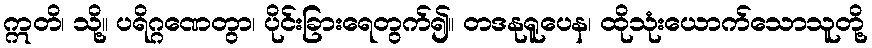
ဣတိ၊ သို့။ ပရိဂ္ဂဏေတွာ၊ ပိုင်းခြားရေတွက်၍။ တဒနုရူပေန၊ ထိုသုံးယောက်သောသူတို့